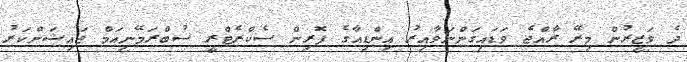
ދެ ވަޒީރުން މިރޭ ރާއްޖެ ވަޑައިގަންނަވާއިރު އިންޑިއާގެ ފޮރިން ސެކްރެޓްރީ ސުބްރަމޭނިއަމް ޖައިޝަންކަރު